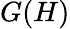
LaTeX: G(H)